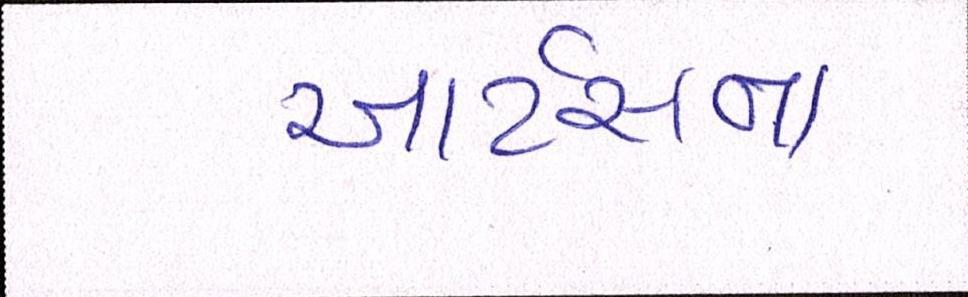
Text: આર્ટસના